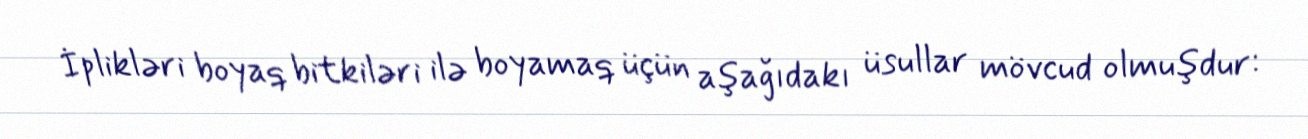
İplikləri boyaq bitkiləri ilə boyamaq üçün aşağıdakı üsullar mövcud olmuşdur: